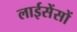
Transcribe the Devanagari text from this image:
लाईसेंसों